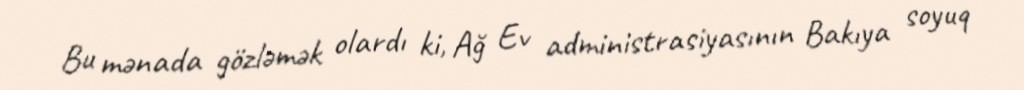
Bu mənada gözləmək olardı ki, Ağ Ev administrasiyasının Bakıya soyuq